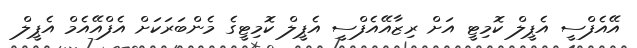
އޭއެފްސީ އެޕީލް ކޮމިޓީ އަށް ރިޒާއޭއެފްސީ އެޕީލް ކޮމިޓީގެ މެންބަރަކަށް އެފްއޭއެމް އެޕީލް